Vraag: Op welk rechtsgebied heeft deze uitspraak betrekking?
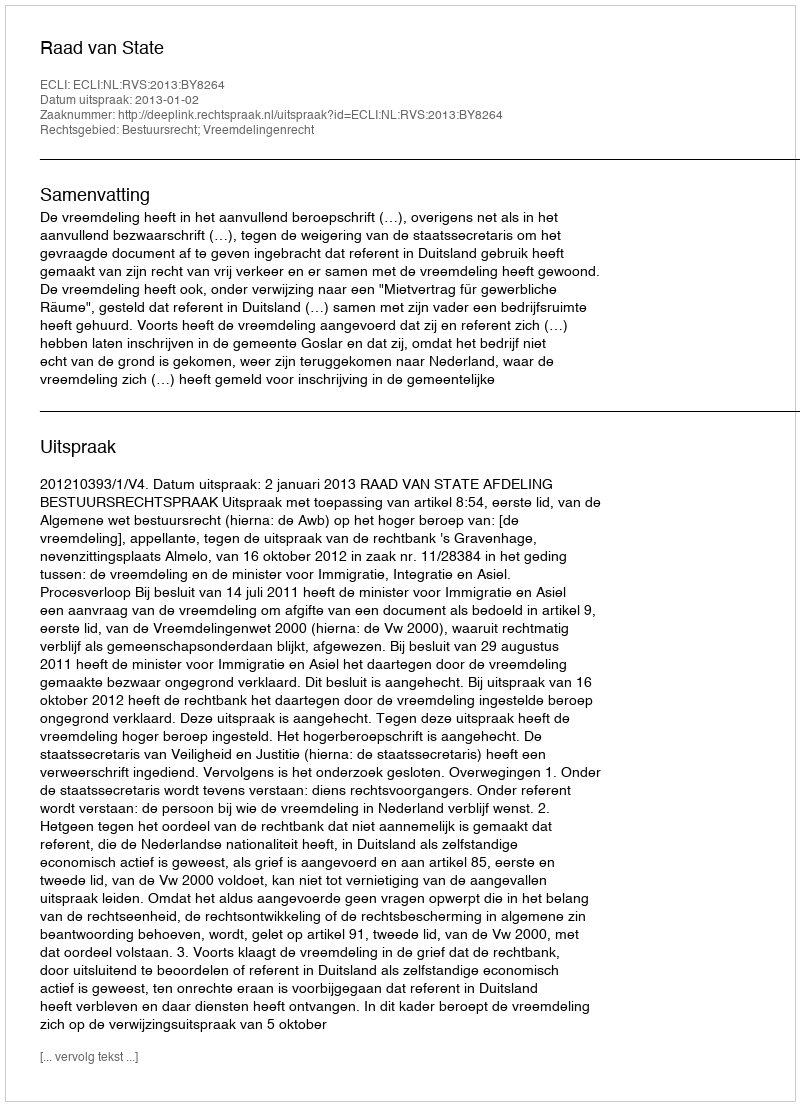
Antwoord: Bestuursrecht; Vreemdelingenrecht